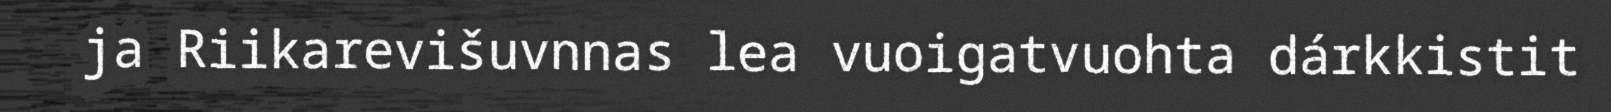
ja Riikarevišuvnnas lea vuoigatvuohta dárkkistit